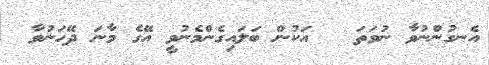
އެނގުންނުވާ ނުވަތަ   އަކުން ބަލައިގެންމެނުވީ އޭގެ މާނަ ދޭހަނުވާ